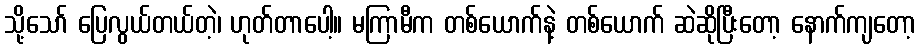
သို့သော် ပြေလွယ်တယ်တဲ့၊ ဟုတ်တာပေါ့။ မကြာမီက တစ်ယောက်နဲ့ တစ်ယောက် ဆဲဆိုပြီးတော့ နောက်ကျတော့